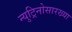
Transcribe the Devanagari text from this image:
न्युट्रिनोसारख्या